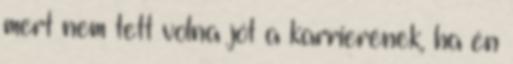
mert nem tett volna jót a karrierének, ha én